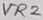
Text: VR2